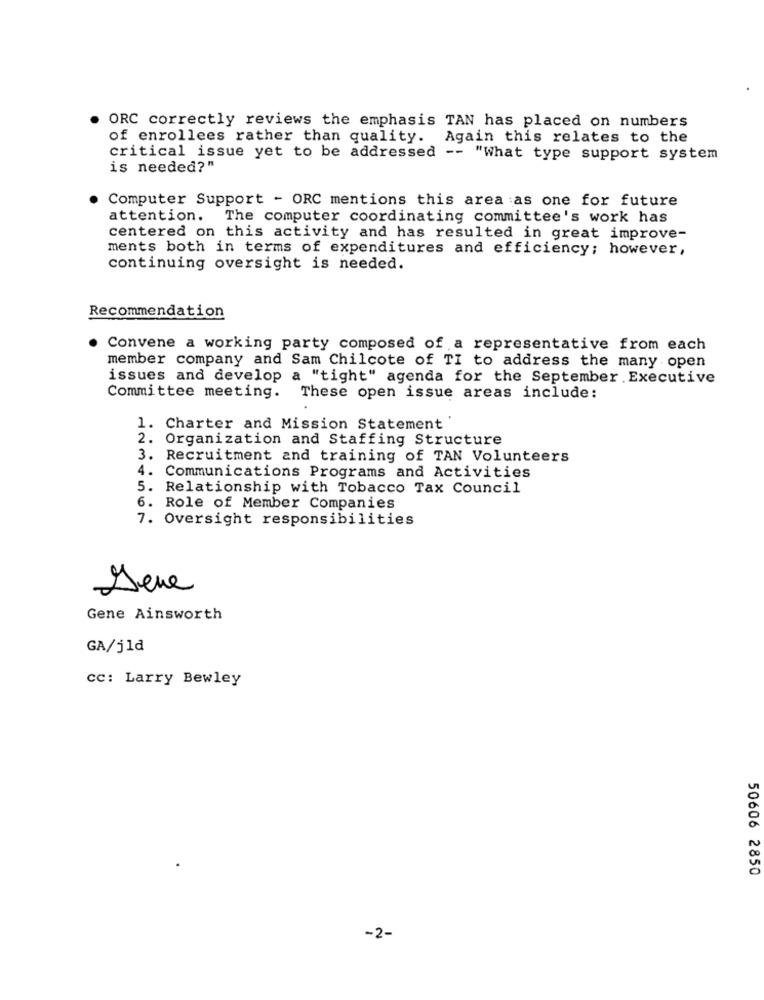
ORC correctly reviews the emphasis TAN has placed on numbers
of enrollees rather than quality. Again this relates to the
critical issue yet to be addressed -- "What type support system
is needed?"
Computer Support - ORC mentions this area as one for future
attention. The computer coordinating committee's work has
centered on this activity and has resulted in great improve-
ments both in terms of expenditures and efficiency; however,
continuing oversight is needed.
Recommendation
Convene a working party composed of a representative from each
member company and Sam Chilcote of TI to address the many open
issues and develop a "tight" agenda for the September. Executive
Committee meeting.
These open issue areas include:
1. Charter and Mission Statement
2. Organization and Staffing Structure
3. Recruitment and training of TAN Volunteers
4. Communications Programs and Activities
5. Relationship with Tobacco Tax Council
6. Role of Member Companies
7. Oversight responsibilities
Deve
Gene Ainsworth
GA/j1d
cc: Larry Bewley
50606 2850
-2-